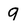
Character: 9